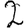
Digit: 2